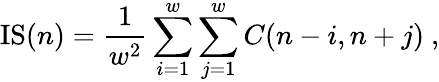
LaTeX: \mathrm{IS}(n)=\frac{1}{w^{2}}\sum_{i=1}^{w}\sum_{j=1}^{w}C(n-i,n+j)~,